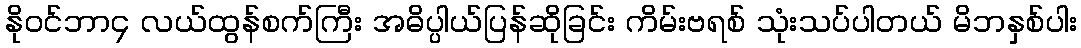
နိုဝင်ဘာ၄ လယ်ထွန်စက်ကြီး အဓိပ္ပါယ်ပြန်ဆိုခြင်း ကိမ်းဗရစ် သုံးသပ်ပါတယ် မိဘနှစ်ပါး